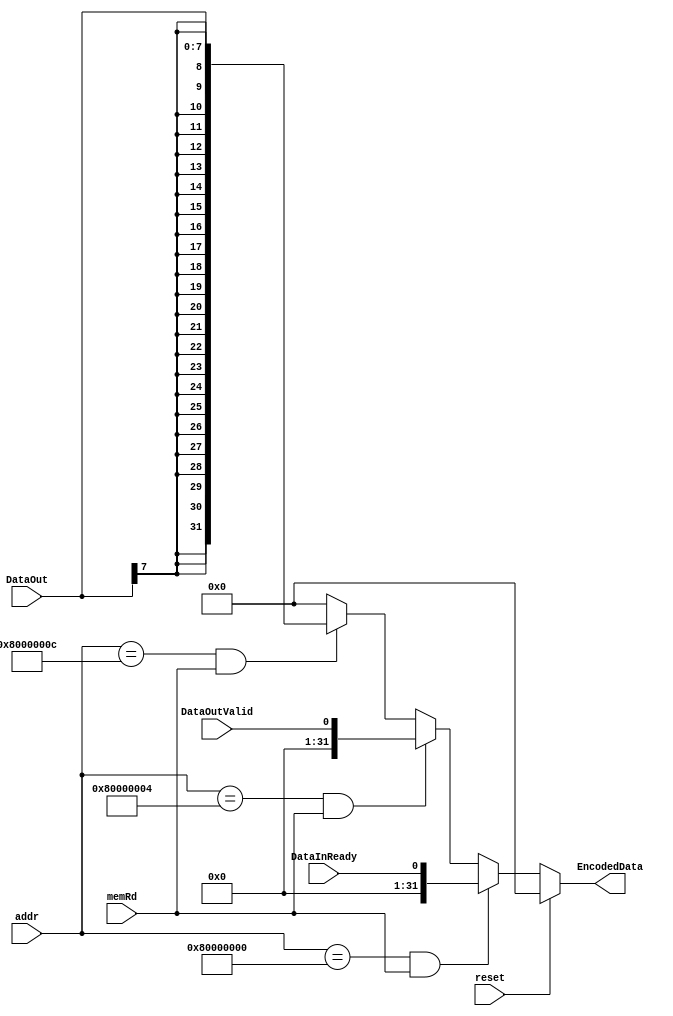
//---------------------------------------------------------------
//  Module: UARTEncode
//  Desc: Encoding UART Data to be written back to register file
//  Inputs Interface:
//    addr: memory address
//    DataInReady
//    DataOutValid
//    DataOut
//    memRd
//    reset
//  Output Interface:
//    EncodedData
//----------------------------------------------------------------

module UARTEncode (
        input [31:0] addr,
        input DataInReady,
        input DataOutValid,
        input [7:0] DataOut,
        input memRd,
        input reset,
        output [31:0] EncodedData
);

    reg [31:0] Data_tmp;
    assign EncodedData = Data_tmp;

    always @(*) begin                               // posedge clk?
        if(reset)
            Data_tmp = 0;
        else if( (addr == 32'h80000000) && (memRd == 1))
            Data_tmp = {31'b0, DataInReady};
        else if( (addr == 32'h80000004) && (memRd == 1))
            Data_tmp = {31'b0, DataOutValid};
        else if( (addr == 32'h8000000c) && (memRd == 1))
            Data_tmp = { {24{DataOut[7]}}, DataOut};  //sign ext?
        else
            Data_tmp = 0;
    end

endmodule